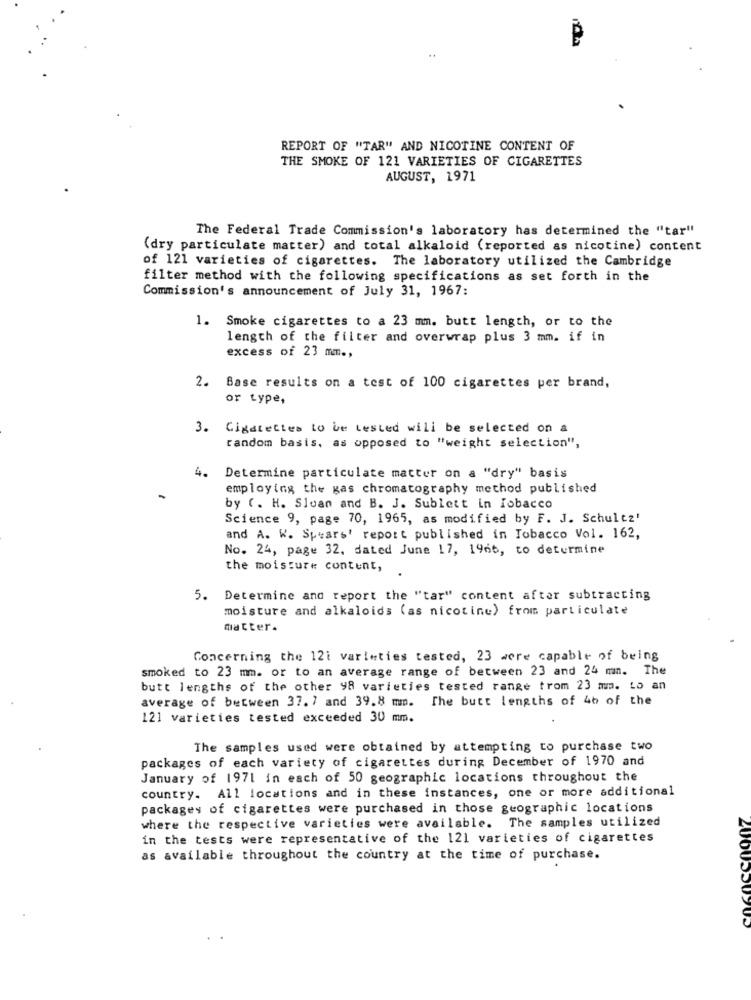
REPORT OF "TAR" AND NICOTINE CONTENT OF
THE SMOKE OF 121 VARIETIES OF CIGARETTES
AUGUST, 1971
The Federal Trade Commission's laboratory has determined the "tar"
(dry particulate matter) and total alkaloid (reported as nicotine) content
of 121 varieties of cigarettes. The laboratory utilized the Cambridge
filter method with the following specifications as set forth in the
Commission's announcement of July 31, 1967:
1. Smoke cigarettes to a 23 mm. butt length, or to the
length of the filter and overwrap plus 3 mm. if in
excess of 23 mm .,
2. Base results on a test of 100 cigarettes per brand,
or type,
3. Cigarettes to be tested will be selected on a
random basis, as opposed to "weight selection",
4.
Determine particulate matter on a "dry" basis
employing the gas chromatography method published
by (. H. Sloan and B. J. Sublett in Tobacco
Science 9, page 70, 1965, as modified by F. J. Schultz'
and A. W. Spears' report published in Tobacco Vol. 162,
No. 24, page 32, dated June 17, 1966, to determine
the moisture content,
5. Determine and report the "tar" content after subtracting
moisture and alkaloids (as nicotine) from particulate
matter.
Concerning the 121 variaties tested, 23 were capable of being
smoked to 23 mm. or to an average range of between 23 and 24 mm. The
butt lengths of the other 98 varieties tested range trom 23 mm. Lo an
average of between 37. 7 and 39.8 mm.
The butt lengths of 46 of the
121 varieties tested exceeded 30 mm.
The samples used were obtained by attempting to purchase two
packages of each variety of cigarettes during December of 1970 and
January of 1971 in each of 50 geographic locations throughout the
country. All locations and in these instances, one or more additional
packages of cigarettes were purchased in those geographic locations
where the respective varieties were available. The samples utilized
in the tests were representative of the 121 varieties of cigarettes
as available throughout the country at the time of purchase.